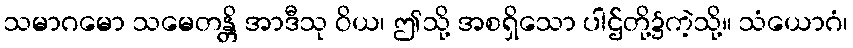
သမာဂမော သမေတန္တိ အာဒီသု ဝိယ၊ ဤသို့ အစရှိသော ပါဌ်တို့၌ကဲ့သို့။ သံယောဂံ၊